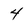
Character: 4